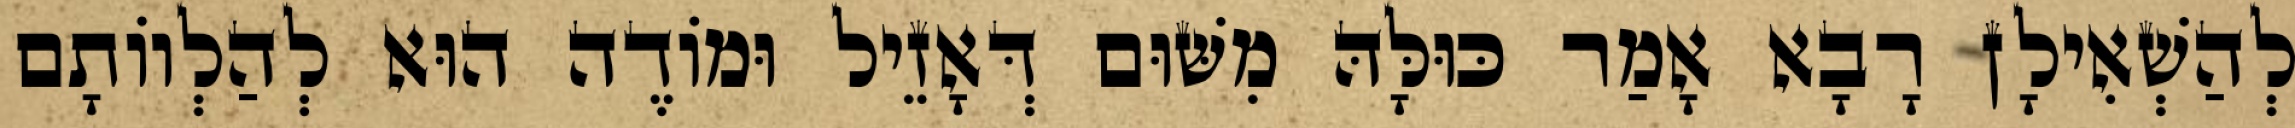
לְהַשְׁאִילָן רָבָא אָמַר כּוּלָּהּ מִשּׁוּם דְּאָזֵיל וּמוֹדֶה הוּא לְהַלְווֹתָם